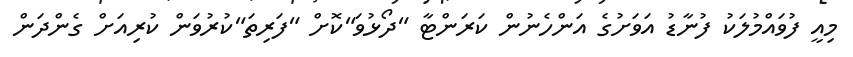
މިއީ ފުވައްމުލަކު ފުނާޑު އަވަށުގެ އަންހެނުން ކަރަންޓާ "ދޯޅުވަ"ކޮށް "ފަރިތަ"ކުރުވަން ކުރިއަށް ގެންދަން